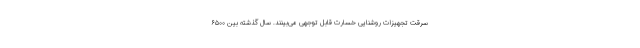
سرقت تجهیزات روشنایی خسارت قابل توجهی می‌بینند. سال گذشته بین ۶۵۰۰